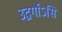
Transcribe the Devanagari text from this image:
उद्वर्गोऽसि